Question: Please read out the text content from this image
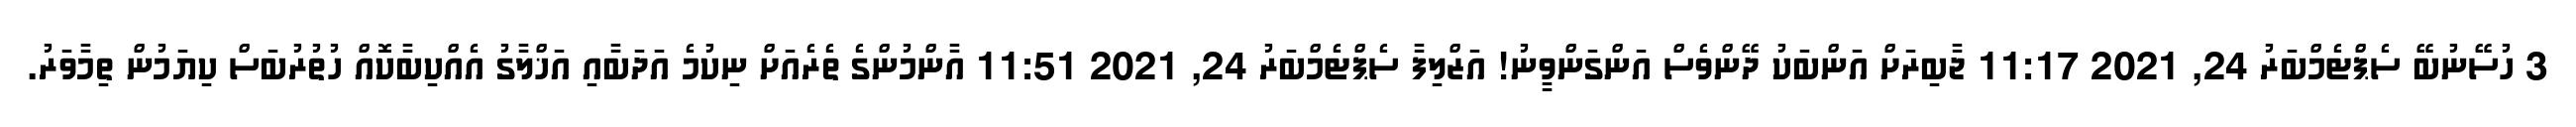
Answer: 3 ހުސޭނުބޭ ސެޕްޓެމްބަރު 24, 2021 11:17 ޖާބިރަށް އަންބަކު ދޭންވެސް އަންގަންވީނު! އަޒްލިފާ ސެޕްޓެމްބަރު 24, 2021 11:51 އާންމުންގެ ތެރެއަށް ނިކުމެ އަދަބާއި އަޚްލާގު އެއްކިބާކޮއް ހުތުރުބަސް ކިޔަމުން ތިމާވަރު.